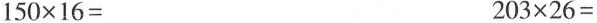
$$1 5 0 \times 1 6 =$$ $$2 0 3 \times 2 6 =$$